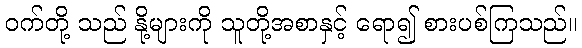
ဝက်တို့ သည် နို့များကို သူတို့အစာနှင့် ရော၍ စားပစ်ကြသည်။